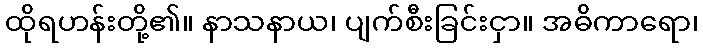
ထိုရဟန်းတို့၏။ နာသနာယ၊ ပျက်စီးခြင်းငှာ။ အဓိကာရော၊